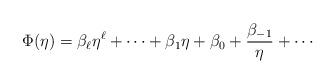
LaTeX: \begin{align*}\Phi(\eta) = \beta_{\ell} \eta^{\ell} + \cdots + \beta_{1} \eta + \beta_{0} + \frac{\beta_{-1}}{\eta} + \cdots\end{align*}